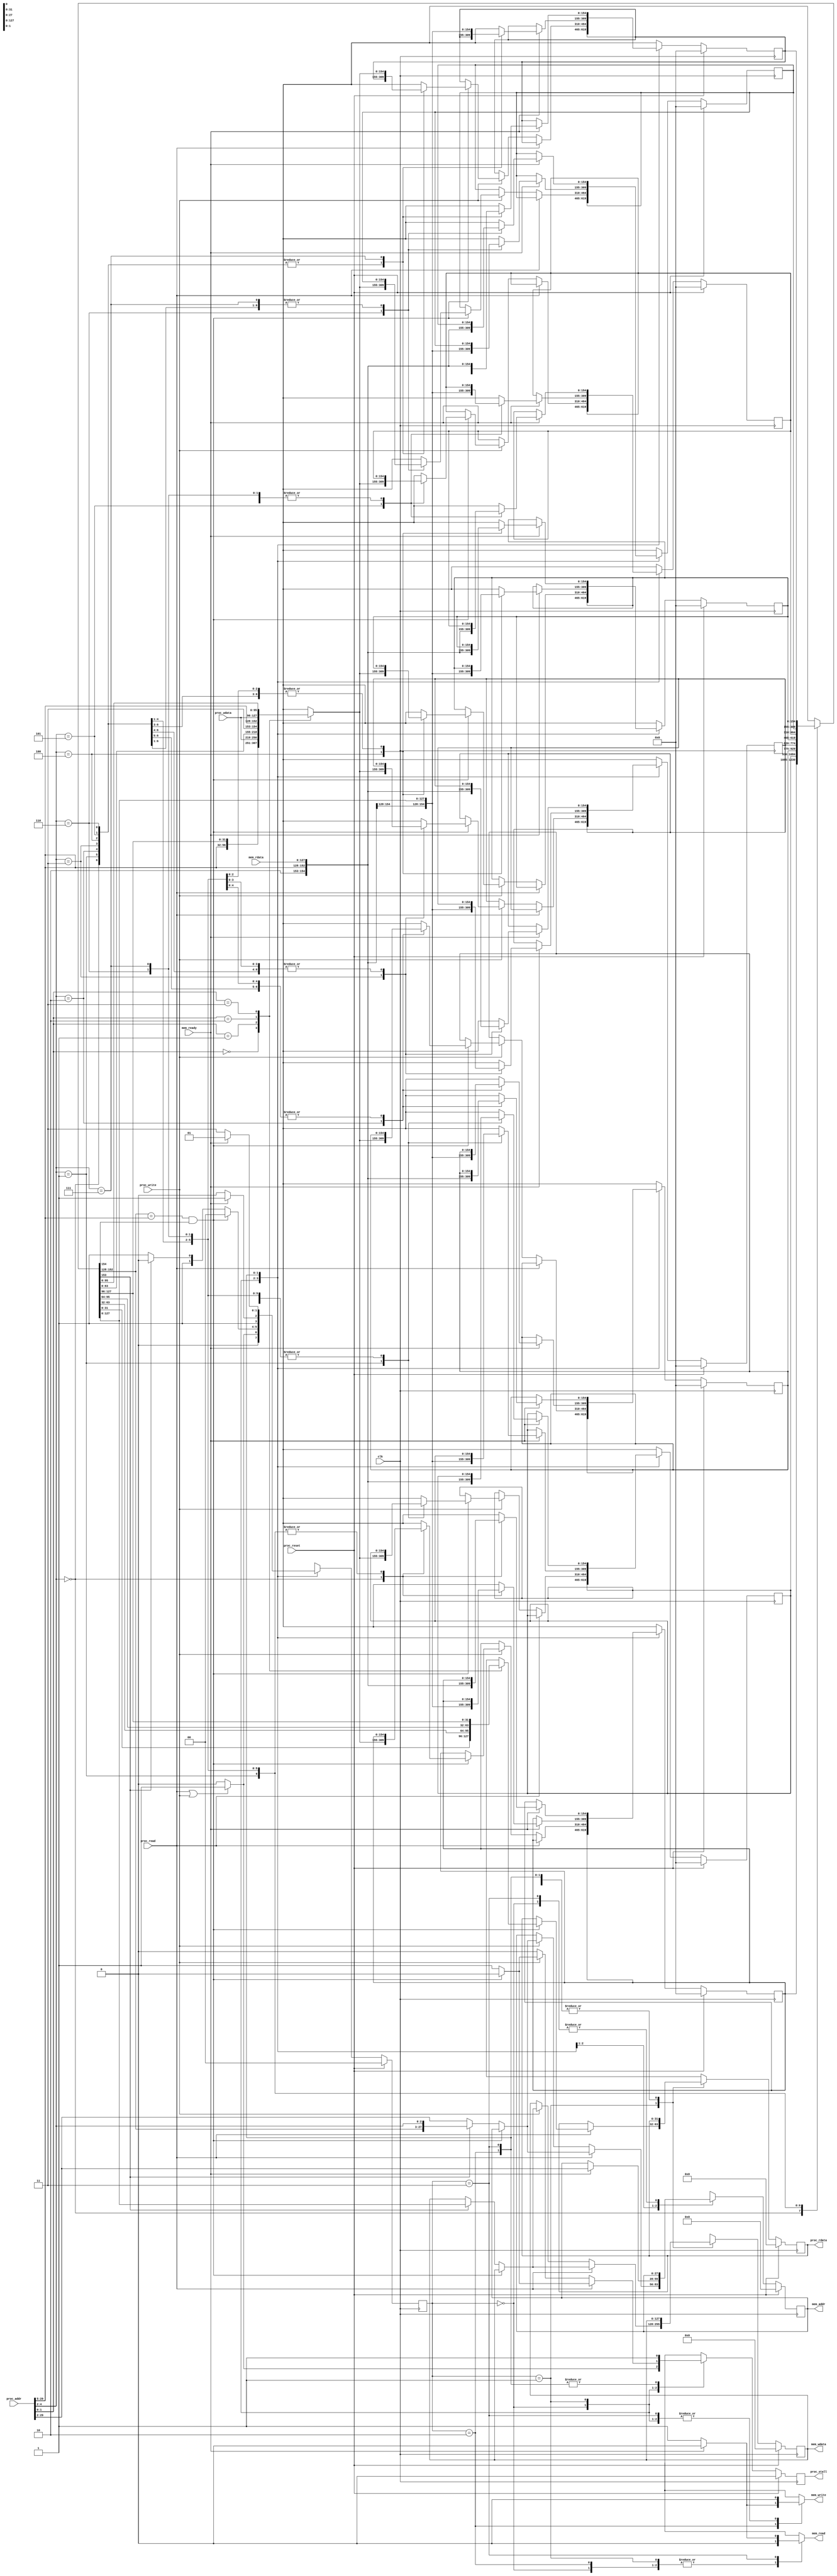
module cache(
    clk,
    proc_reset,
    proc_read,
    proc_write,
    proc_addr,
    proc_rdata,
    proc_wdata,
    proc_stall,
    mem_read,
    mem_write,
    mem_addr,
    mem_rdata,
    mem_wdata,
    mem_ready
);
  
  localparam IDLE = 2'b00, COMPARE_TAG = 2'b01, WRITE_BACK = 2'b10, ALLOCATE = 2'b11;
//==== input/output definition ============================
    input          clk;
    // processor interface
    input          proc_reset;
    input          proc_read, proc_write;
    input   [29:0] proc_addr; //tag: proc_addr[29:5], index: proc_addr[4:2], offset: proc_addr[1:0]
    input   [31:0] proc_wdata;
    output         proc_stall;
    output  [31:0] proc_rdata;
    // memory interface
    input  [127:0] mem_rdata;
    input          mem_ready;
    output         mem_read, mem_write;
    output  [27:0] mem_addr;
    output [127:0] mem_wdata;
    
//==== wire/reg definition ================================
    reg [154:0] block [0:7]; //valid: 1 bit, dirty: 1 bit, tag: 25 bits, block: 4 words/16 bytes/128 bits
    reg [154:0] next_block [0:7];
    reg [154:0] mapped_block, block_write;
    reg [127:0] block_data, mem_wdata_r, mem_wdata_w;
    reg [27:0] mem_addr_r, mem_addr_w;
    reg [24:0] block_tag;
    reg [31:0] block_word, proc_rdata_r, proc_rdata_w;
    reg block_hit, block_valid, block_dirty, proc_stall_r, proc_stall_w, mem_read, mem_write;

    reg [1:0] current_state, next_state; 

    wire [24:0] tag;
    wire [2:0] index;
    wire [1:0] offset;

    integer i, j, k;
    //integer hit_counter = 0, miss_counter = 0, write_hit_counter = 0, write_miss_counter = 0, access_counter = 0, stall_counter = 0, execution_counter = 0;

    assign tag 	  = proc_addr[29:5];
    assign index  = proc_addr[4:2]; //block index
    assign offset = proc_addr[1:0];

    assign proc_rdata = proc_rdata_r;
    assign proc_stall = proc_stall_r;

    assign mem_wdata = mem_wdata_r;
    assign mem_addr  = mem_addr_r;

//==== combinational circuit ==============================
	always @(*) begin
		mapped_block = block[index]; //(block number) mod (number of cache blocks)
		block_valid  = mapped_block[154];
		block_dirty  = mapped_block[153];
		block_tag 	 = mapped_block[152:128];
		block_data 	 = mapped_block[127:0];

		block_hit = (block_tag == tag) & block_valid;

		case (offset)
			2'b00: begin
				block_word 	= block_data[31:0];
				block_write = {1'b1, 1'b1, tag, block_data[127:32], proc_wdata}; //dirty
			end
			2'b01: begin
				block_word 	= block_data[63:32];
				block_write = {1'b1, 1'b1, tag, block_data[127:64], proc_wdata, block_data[31:0]}; //dirty
			end
			2'b10: begin
				block_word 	= block_data[95:64];
				block_write = {1'b1, 1'b1, tag, block_data[127:96], proc_wdata, block_data[63:0]}; //dirty
			end
			2'b11: begin
				block_word 	= block_data[127:96];
				block_write = {1'b1, 1'b1, tag, proc_wdata, block_data[95:0]}; //dirty
			end
			default : begin
				block_word = 32'b0;
				block_write = 155'b0;
			end
		endcase

	end

	//next-state logic
	always @(*) begin
		case (current_state)
			IDLE: begin
				if (proc_read | proc_write) next_state = COMPARE_TAG;
				else next_state = IDLE;
			end
			COMPARE_TAG: begin
				if (block_hit) next_state = IDLE; //hit
				else if (~block_dirty) next_state = ALLOCATE; //miss & clean
				else if (block_dirty) next_state = WRITE_BACK; //miss & dirty
				else next_state = COMPARE_TAG;
			end
			WRITE_BACK: begin
				if (mem_ready) next_state = ALLOCATE; //memory ready
				else next_state = WRITE_BACK; //memory not ready
			end
			ALLOCATE: begin
				if (mem_ready) next_state = COMPARE_TAG; //memory ready
				else next_state = ALLOCATE; //memory not ready
			end
			default : next_state = IDLE;
		endcase
	end

	always @(*) begin
		//default
		for (k = 0; k < 8; k = k + 1) next_block[k] = block[k];
		proc_rdata_w = proc_rdata_r;
		mem_addr_w 	 = mem_addr_r;
		mem_wdata_w  = mem_wdata_r;

		case (current_state)
			IDLE: begin
				proc_stall_w = (proc_read | proc_write) ? 1'b1 : 1'b0;
				mem_read  = 1'b0;
				mem_write = 1'b0;
			end
			COMPARE_TAG: begin
				mem_read  = 1'b0;
				mem_write = 1'b0;
				if (proc_read) begin
					if (block_hit) begin //read hit
						proc_stall_w = 1'b0;
						proc_rdata_w = block_word;
					end else begin //read miss
						proc_stall_w = 1'b1;
						if (block_dirty) begin //write back
							mem_addr_w 	= {block_tag, index};
							mem_wdata_w = block_data;				
						end else mem_addr_w = proc_addr[29:2];
					end
				end else if (proc_write) begin
					if (block_hit) begin //write hit
						proc_stall_w = 1'b0;
						next_block[index] = block_write;
					end else begin //write miss
						proc_stall_w = 1'b1;
						if (block_dirty) begin //write back
							mem_addr_w 	= {block_tag, index};
							mem_wdata_w = block_data;
						end else mem_addr_w = proc_addr[29:2];
					end
				end else proc_stall_w = 1'b0;
			end
			WRITE_BACK: begin
				proc_stall_w = 1'b1;
				mem_read 	 = 1'b0;
				if (mem_ready) begin
					mem_write  		  = 1'b0;
					mem_addr_w 		  = proc_addr[29:2];
					next_block[index] = {1'b1, 1'b0, tag, block_data}; //clean
				end else begin
					mem_write = 1'b1;
				end
			end
			ALLOCATE: begin
				proc_stall_w = 1'b1;
				mem_write 	 = 1'b0;
				if (mem_ready) begin
					mem_read 	 	  = 1'b0;
					next_block[index] = {1'b1, 1'b0, tag, mem_rdata};
				end else mem_read = 1'b1;
			end
			default : begin
				proc_stall_w = 1'b0;
				mem_read 	 = 1'b0;
				mem_write	 = 1'b0;
			end
		endcase
	end

	/*always @(posedge proc_stall_w) begin
		if (proc_read) begin
			miss_counter = miss_counter + 1;
		end else if (proc_write) begin
			write_miss_counter = write_miss_counter + 1;
		end
	end

	always @(negedge proc_stall_w) begin
		if (proc_read) begin
			hit_counter = hit_counter + 1;
		end else if (proc_write) begin
			write_hit_counter = write_hit_counter + 1;
		end
	end

	always @(proc_addr) begin
		access_counter = access_counter + 1;
	end

	always @(posedge clk) begin
		if (proc_stall) begin
			stall_counter = stall_counter + 1;
		end else execution_counter = execution_counter + 1;
	end*/

//==== sequential circuit =================================
	always@( posedge clk ) begin
	    if( proc_reset ) begin
	    	for (i = 0; i < 8; i = i + 1) block[i] <= 155'b0;
	    	proc_rdata_r  <= 32'b0;
	    	proc_stall_r  <= 1'b0;
	    	mem_addr_r 	  <= 28'b0;
	    	mem_wdata_r   <= 128'b0;
	    	current_state <= IDLE;
	    end
	    else begin
	    	for (j = 0; j < 8; j = j + 1) block[j] <= next_block[j];
	    	proc_rdata_r  <= proc_rdata_w;
	    	proc_stall_r  <= proc_stall_w;
	    	mem_addr_r 	  <= mem_addr_w;
	    	mem_wdata_r   <= mem_wdata_w;
	    	current_state <= next_state;
	    end
	end

endmodule